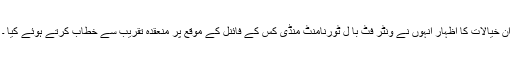
ان خیالات کا اظہار انہوں نے ونٹر فٹ با ل ٹورنامنٹ منڈی کس کے فائنل کے موقع پر منعقدہ تقریب سے خطاب کرتے ہوئے کیا ۔